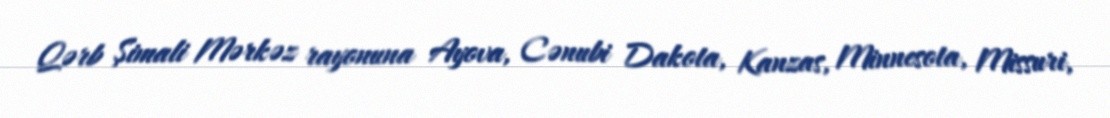
Qərb Şimali Mərkəz rayonuna Ayova, Cənubi Dakota, Kanzas, Minnesota, Missuri,